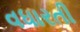
વધારતી